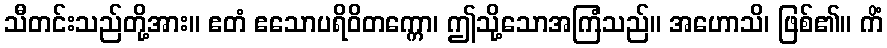
သီတင်းသည်တို့အား။ ဧတံ ဧသောပရိဝိတက္ကော၊ ဤသို့သောအကြံသည်။ အဟောသိ၊ ဖြစ်၏။ ကိံ